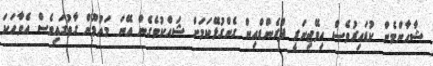
ޝާހާންމެން ކުޑައިރުވެސް އިމޭޖިނަރީ ފްރެންޑްއިން ގެންގުޅޭކަމަށް ޝައްކުވެގެން އޭނަ މައުމޫން ގާތުގައިވެސް އެވާހަކަ